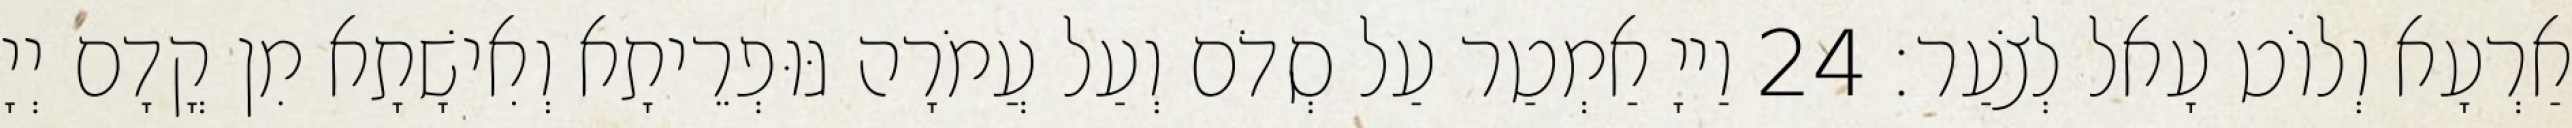
אַרְעָא וְלוֹט עָאל לְצֹעַר׃ 24 וַייָ אַמְטַר עַל סְדֹם וְעַל עֲמֹרָה גּוּפְרֵיתָא וְאִישָׁתָא מִן קֳדָם יְיָ